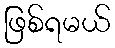
ဖြစ်ရမယ်